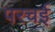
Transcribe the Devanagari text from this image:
परचई